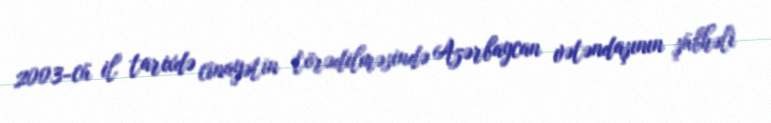
2003-cü il tarixdə cinayətin törədilməsində Azərbaycan vətəndaşının şübhəli